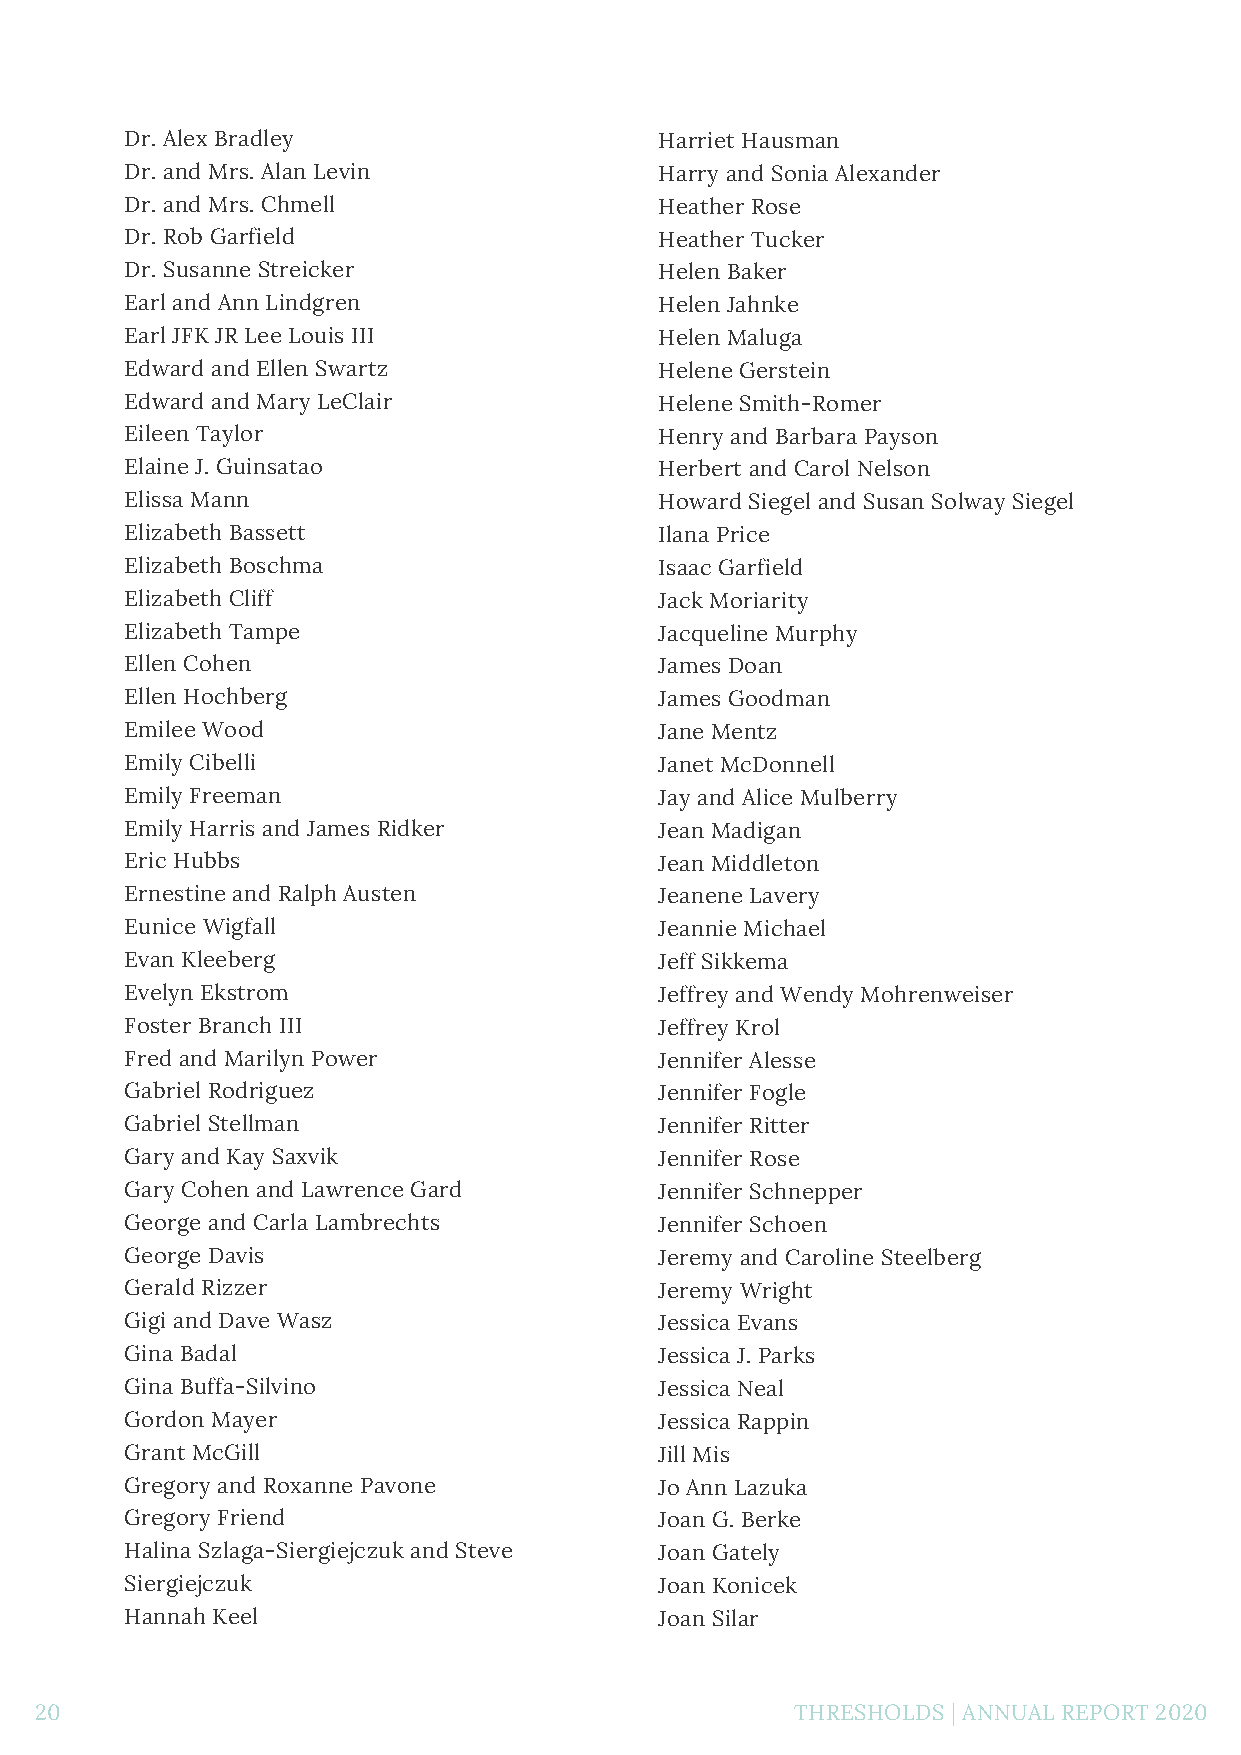
Dr. Alex Bradley                    Harriet Hausman
 Dr. and Mrs. Alan Levin             Harry and Sonia Alexander
 Dr. and Mrs. Chmell                 Heather Rose
 Dr. Rob Garfield                    Heather Tucker
 Dr. Susanne Streicker               Helen Baker
 Earl and Ann Lindgren               Helen Jahnke
 Earl JFK JR Lee Louis III           Helen Maluga
 Edward and Ellen Swartz             Helene Gerstein
 Edward and Mary LeClair             Helene Smith-Romer
 Eileen Taylor                       Henry and Barbara Payson
 Elaine J. Guinsatao                 Herbert and Carol Nelson
 Elissa Mann                         Howard Siegel and Susan Solway Siegel
 Elizabeth Bassett                   Ilana Price
 Elizabeth Boschma                   Isaac Garfield
 Elizabeth Cliff                     Jack Moriarity
 Elizabeth Tampe                     Jacqueline Murphy
 Ellen Cohen                         James Doan
 Ellen Hochberg                      James Goodman
 Emilee Wood                         Jane Mentz
 Emily Cibelli                       Janet McDonnell
 Emily Freeman                       Jay and Alice Mulberry
 Emily Harris and James Ridker       Jean Madigan
 Eric Hubbs                          Jean Middleton
 Ernestine and Ralph Austen          Jeanene Lavery
 Eunice Wigfall                      Jeannie Michael
 Evan Kleeberg                       Jeff Sikkema
 Evelyn Ekstrom                      Jeffrey and Wendy Mohrenweiser
 Foster Branch III                   Jeffrey Krol
 Fred and Marilyn Power              Jennifer Alesse
 Gabriel Rodriguez                   Jennifer Fogle
 Gabriel Stellman                    Jennifer Ritter
 Gary and Kay Saxvik                 Jennifer Rose
 Gary Cohen and Lawrence Gard        Jennifer Schnepper
 George and Carla Lambrechts         Jennifer Schoen
 George Davis                        Jeremy and Caroline Steelberg
 Gerald Rizzer                       Jeremy Wright
 Gigi and Dave Wasz                  Jessica Evans
 Gina Badal                          Jessica J. Parks
 Gina Buffa-Silvino                  Jessica Neal
 Gordon Mayer                        Jessica Rappin
 Grant McGill                        Jill Mis
 Gregory and Roxanne Pavone          Jo Ann Lazuka
 Gregory Friend                      Joan G. Berke
 Halina Szlaga-Siergiejczuk and Steve Joan Gately
 Siergiejczuk                        Joan Konicek
 Hannah Keel                         Joan Silar
 20                                                 THRESHOLDS | ANNUAL REPORT 2020